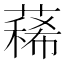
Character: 𦻎